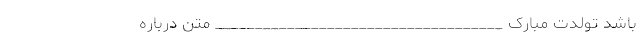
باشد تولدت مبارک ____________________________________ متن درباره